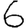
Digit: 6